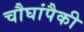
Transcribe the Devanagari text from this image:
चौघांपैकी